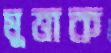
মুত্তাক